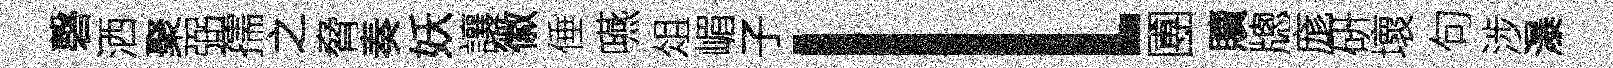
磬洒聚弼孺之脅奏妖讓徽倕嚥俎嵋子l圑贖牕庬硏壞句涉瀑